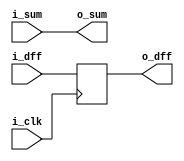
module zero_tap(
	input i_clk,
	input wire [2:0] i_dff,
	input wire [9:0] i_sum,
	output reg [2:0] o_dff,
	output wire[9:0] o_sum
);


always@(posedge i_clk)
begin
	o_dff <= i_dff;
end

assign o_sum = i_sum;
endmodule